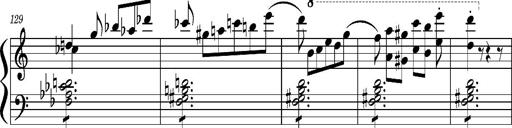
Title: Concerto sans orchestre, S.524a
Composer: Franz Liszt
Key: A major